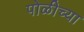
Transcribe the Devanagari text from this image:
पोळीच्या